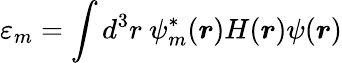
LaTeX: \varepsilon_{m}=\int d^{3}r\ \psi_{m}^{*}({\boldsymbol{r}})H({\boldsymbol{r}})\psi({\boldsymbol{r}})